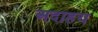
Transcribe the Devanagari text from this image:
अदाहय